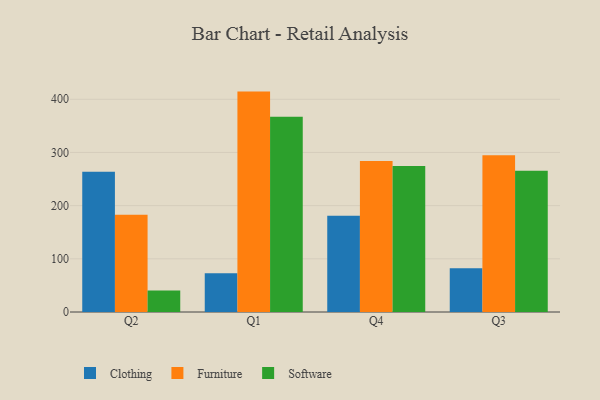
{"axis": {"x": "Quarter", "y": "Active Users"}, "legend": ["Clothing", "Furniture", "Software"], "data": [{"x": "Q2", "y": 263.6, "type": "Clothing"}, {"x": "Q2", "y": 182.8, "type": "Furniture"}, {"x": "Q2", "y": 40.3, "type": "Software"}, {"x": "Q1", "y": 72.8, "type": "Clothing"}, {"x": "Q1", "y": 414.4, "type": "Furniture"}, {"x": "Q1", "y": 366.9, "type": "Software"}, {"x": "Q4", "y": 180.8, "type": "Clothing"}, {"x": "Q4", "y": 283.9, "type": "Furniture"}, {"x": "Q4", "y": 274.3, "type": "Software"}, {"x": "Q3", "y": 82.1, "type": "Clothing"}, {"x": "Q3", "y": 294.7, "type": "Furniture"}, {"x": "Q3", "y": 265.7, "type": "Software"}]}